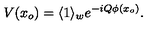
V ( x _ { o } ) = \langle 1 \rangle _ { w } e ^ { - i Q \phi ( x _ { o } ) } .